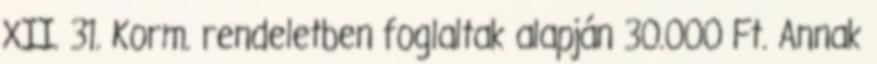
XII. 31. Korm. rendeletben foglaltak alapján 30.000 Ft. Annak